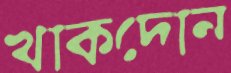
খাকদোন